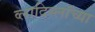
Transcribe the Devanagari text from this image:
व्लादिस्लॉच्या